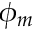
\phi _ { m }